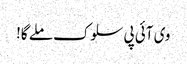
وی آئی پی سلوک ملے گا!